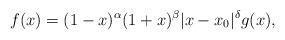
LaTeX: \begin{align*}f(x) = (1 - x)^{\alpha} (1 + x)^{\beta} |x - x_0|^\delta g(x),\end{align*}